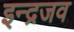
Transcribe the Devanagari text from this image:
इन्द्रजव